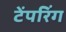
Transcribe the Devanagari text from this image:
टेंपरिंग